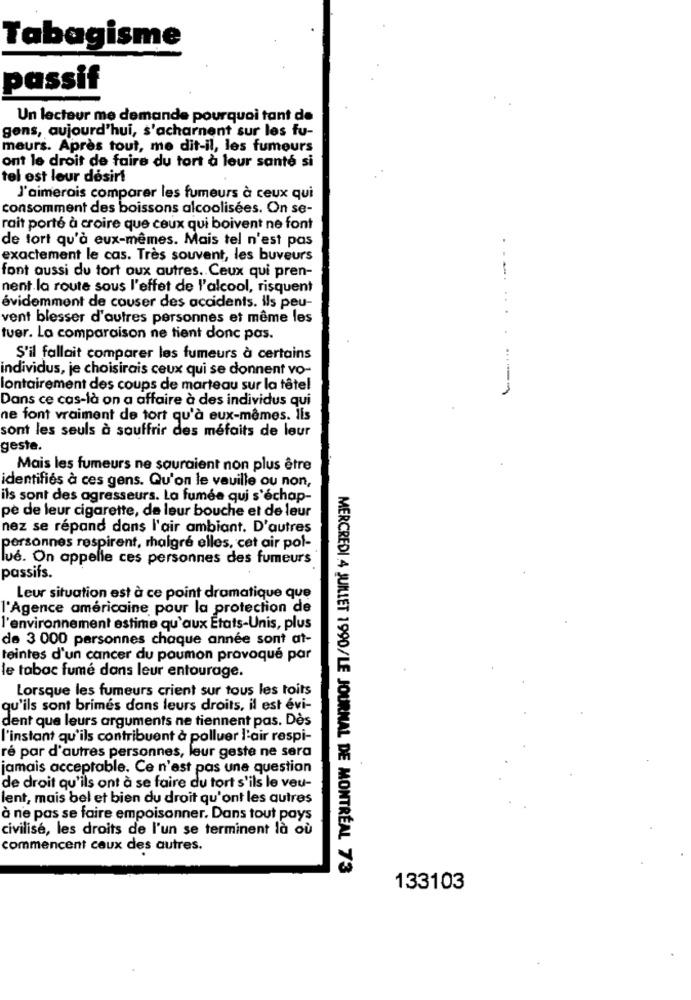
Tabagisme
passif
Un lecteur me demande pourquoi tant de
gens, aujourd'hui, s'acharnent sur les fu-
meurs. Après tout, me dit-il, les fumeurs
ont le droit de faire du tort à leur santé si
tel est leur désirl
J'aimerais comparer les fumeurs à ceux qui
consomment des boissons alcoolisées. On se-
rait porté à croire que ceux qui boivent ne font
de tort qu'à eux-mêmes. Mais tel n'est pas
exactement le cas. Très souvent, les buveurs
font aussi du tort aux autres. Ceux qui pren-
nent la route sous l'effet de l'alcool, risquent
évidemment de couser des accidents. Ils peu-
vent blesser d'autres personnes et même les
tuer. La comparaison ne tient donc pas.
S'il fallait comparer les fumeurs à certains
individus, je choisirais ceux qui se donnent vo-
lontairement des coups de marteau sur la têtel
.-.....-
Dans ce cas-là on a affaire à des individus qui
ne font vraiment de tort qu'à eux-mêmes. lls
sont les seuls à souffrir des méfaits de leur
geste.
Mais les fumeurs ne sauraient non plus être
identifiés à ces gens. Qu'on le veuille ou non,
ils sont des agresseurs. La fumée qui s'échap-
pe de leur cigarette, de leur bouche et de leur
nez se répand dans l'air ambiant. D'autres
personnes respirent, malgré elles, cet air pol-
lue. On appelle ces personnes des fumeurs
passifs.
Leur situation est à ce point dramatique que
l'Agence américaine pour la protection de
l'environnement estime qu'aux Etats-Unis, plus
de 3 000 personnes chaque année sont at-
teintes d'un cancer du poumon provoqué par
le tabac fume dans leur entourage.
Lorsque les fumeurs crient sur tous les toits
qu'ils sont brimés dans leurs droits, il est évi-
dent que leurs arguments ne tiennent pas. Dès
l'instant qu'ils contribuent à polluer l'air respi-
ré par d'autres personnes, leur geste ne sera
jamais acceptable. Ce n'est pas une question
de droit qu'ils ont à se faire du tort s'ils le veu-
lent, mais bel et bien du droit qu'ont les autres
à ne pas se faire empoisonner. Dans tout pays
civilisé, les droits de l'un se terminent là où
commencent ceux des autres.
MERCREDI 4 JUILLET 1990/LE JOURNAL DE MONTRÉAL 73
133103